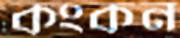
কংকন